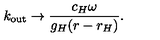
k _ { \mathrm { o u t } } \to { \frac { c _ { H } \omega } { g _ { H } ( r - r _ { H } ) } } .